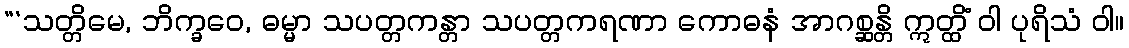
“‘သတ္တိမေ, ဘိက္ခဝေ, ဓမ္မာ သပတ္တကန္တာ သပတ္တကရဏာ ကောဓနံ အာဂစ္ဆန္တိ ဣတ္ထိံ ဝါ ပုရိသံ ဝါ။